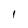
Character: l